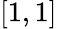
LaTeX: [1,1]